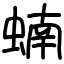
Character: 蝻